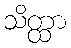
သိတ္ထာ